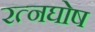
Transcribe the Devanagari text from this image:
रत्नघोष